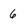
Character: 6